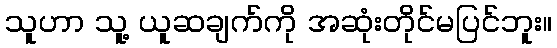
သူဟာ သူ့ ယူဆချက်ကို အဆုံးတိုင်မပြင်ဘူး။